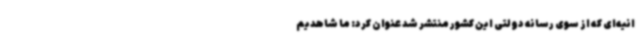
انیه‌ای که از سوی رسانه دولتی این کشور منتشر شد عنوان کرد: ما شاهدیم